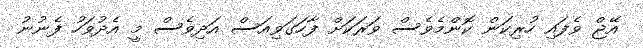
އޭޖް ވެފައި ހުރިކަން ކޮންމެވެސް ވަރަަކަށް ފާހަގަވިއަސް އަދިވެސް މީ އެދުވަހު ފެނުނު